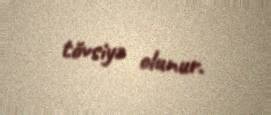
tövsiyə olunur.